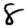
Digit: 8